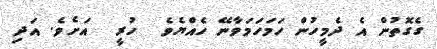
ގެގޮތުން އެ ދެމީހުން ހަމަހަމަވާނޭ ހެއްޔެވެ  ހުރީ  އަށެވެ. އަދި